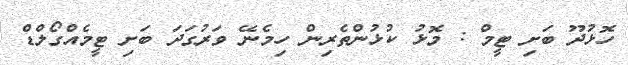
ހޮޅުދޫ ބަށި ޓީމް : މޮޅު ކުޅުންތެރިން ހިމެނޭ ވަރުގަދަ ބަށި ޓީމެއްގޯލްޑް